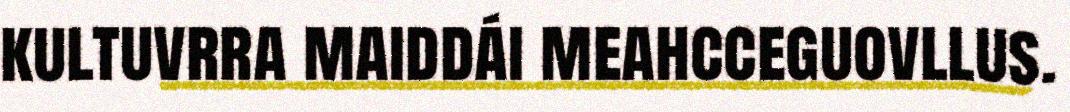
kultuvrra maiddái meahcceguovllus.